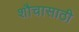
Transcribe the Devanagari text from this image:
शौचासाठी